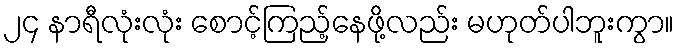
၂၄ နာရီလုံးလုံး စောင့်ကြည့်နေဖို့လည်း မဟုတ်ပါဘူးကွာ။